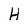
Character: H